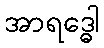
အာရဒ္ဓေါ